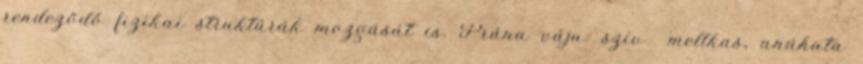
rendeződő fizikai struktúrák mozgását is. Prána váju: szív mellkas, anáhata